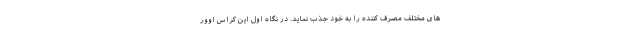
های مختلف مصرف کننده را به خود جذب نماید. در نگاه اول این کراس اوور